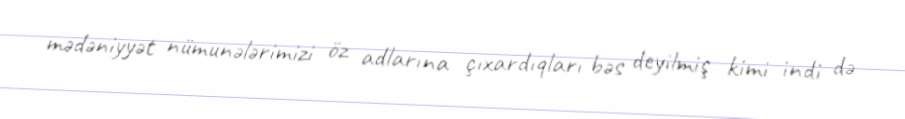
mədəniyyət nümunələrimizi öz adlarına çıxardıqları bəs deyilmiş kimi indi də